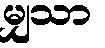
မျှသာ